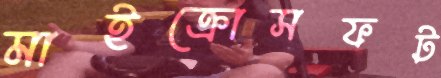
মাইক্রোসফট